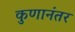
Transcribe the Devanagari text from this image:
कुणानंतर